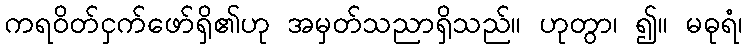
ကရဝိတ်ငှက်ဖော်ရှိ၏ဟု အမှတ်သညာရှိသည်။ ဟုတွာ၊ ၍။ မဓုရံ၊